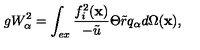
g W _ { \alpha } ^ { 2 } = \int _ { e x } \frac { f _ { i } ^ { 2 } ( \mathbf { x } ) } { - \tilde { u } } \Theta \tilde { r } q _ { \alpha } d \Omega ( \mathbf { x } ) ,